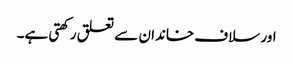
اور سلاف خاندان سے تعلق رکھتی ہے۔